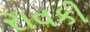
રાવકી